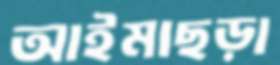
আইমাছড়া